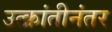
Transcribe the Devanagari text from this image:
उत्क्रांतीनंतर